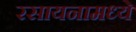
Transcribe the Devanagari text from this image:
रसायनामध्ये